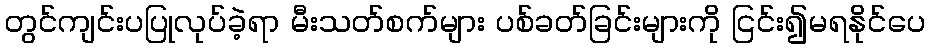
တွင်ကျင်းပပြုလုပ်ခဲ့ရာ မီးသတ်စက်များ ပစ်ခတ်ခြင်းများကို ငြင်း၍မရနိုင်ပေ